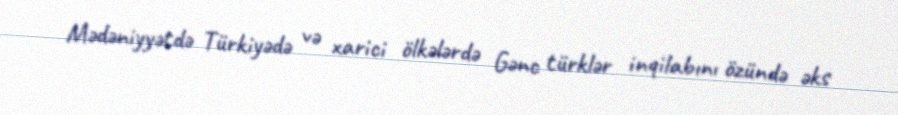
Mədəniyyətdə Türkiyədə və xarici ölkələrdə Gənc türklər inqilabını özündə əks